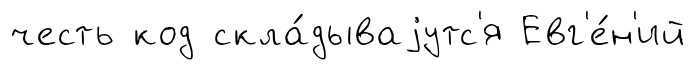
честь код скла́дываjутс'я Евг'е́н'ий